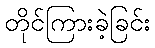
တိုင်ကြားခဲ့ခြင်း